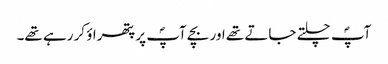
آپؐ چلتے جاتے تھے اور بچے آپؐ پر پتھراؤ کر رہے تھے۔